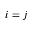
i = j